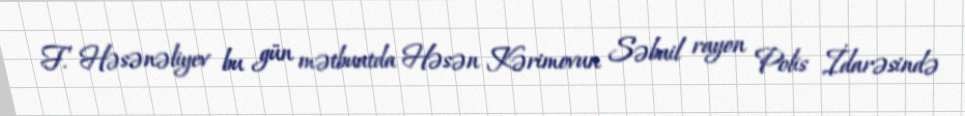
F. Həsənəliyev bu gün mətbuatda Həsən Kərimovun Səbail rayon Polis İdarəsində